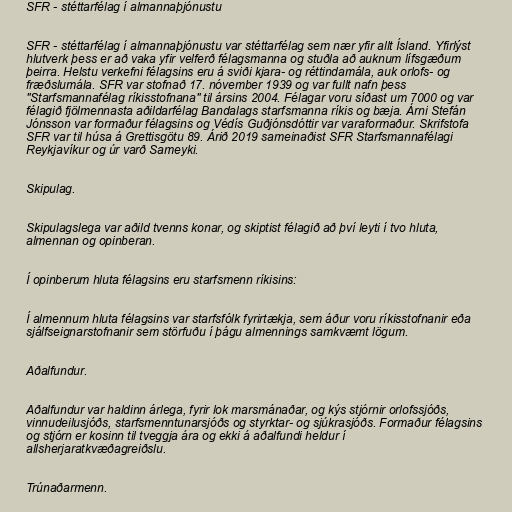
SFR - stéttarfélag í almannaþjónustu

SFR - stéttarfélag í almannaþjónustu var stéttarfélag sem nær yfir allt Ísland. Yfirlýst
hlutverk þess er að vaka yfir velferð félagsmanna og stuðla að auknum lífsgæðum
þeirra. Helstu verkefni félagsins eru á sviði kjara- og réttindamála, auk orlofs- og
fræðslumála. SFR var stofnað 17. nóvember 1939 og var fullt nafn þess
"Starfsmannafélag ríkisstofnana" til ársins 2004. Félagar voru síðast um 7000 og var
félagið fjölmennasta aðildarfélag Bandalags starfsmanna ríkis og bæja. Árni Stefán
Jónsson var formaður félagsins og Védís Guðjónsdóttir var varaformaður. Skrifstofa
SFR var til húsa á Grettisgötu 89. Árið 2019 sameinaðist SFR Starfsmannafélagi
Reykjavíkur og úr varð Sameyki.

Skipulag.

Skipulagslega var aðild tvenns konar, og skiptist félagið að því leyti í tvo hluta,
almennan og opinberan.

Í opinberum hluta félagsins eru starfsmenn ríkisins:

Í almennum hluta félagsins var starfsfólk fyrirtækja, sem áður voru ríkisstofnanir eða
sjálfseignarstofnanir sem störfuðu í þágu almennings samkvæmt lögum.

Aðalfundur.

Aðalfundur var haldinn árlega, fyrir lok marsmánaðar, og kýs stjórnir orlofssjóðs,
vinnudeilusjóðs, starfsmenntunarsjóðs og styrktar- og sjúkrasjóðs. Formaður félagsins
og stjórn er kosinn til tveggja ára og ekki á aðalfundi heldur í
allsherjaratkvæðagreiðslu.

Trúnaðarmenn.